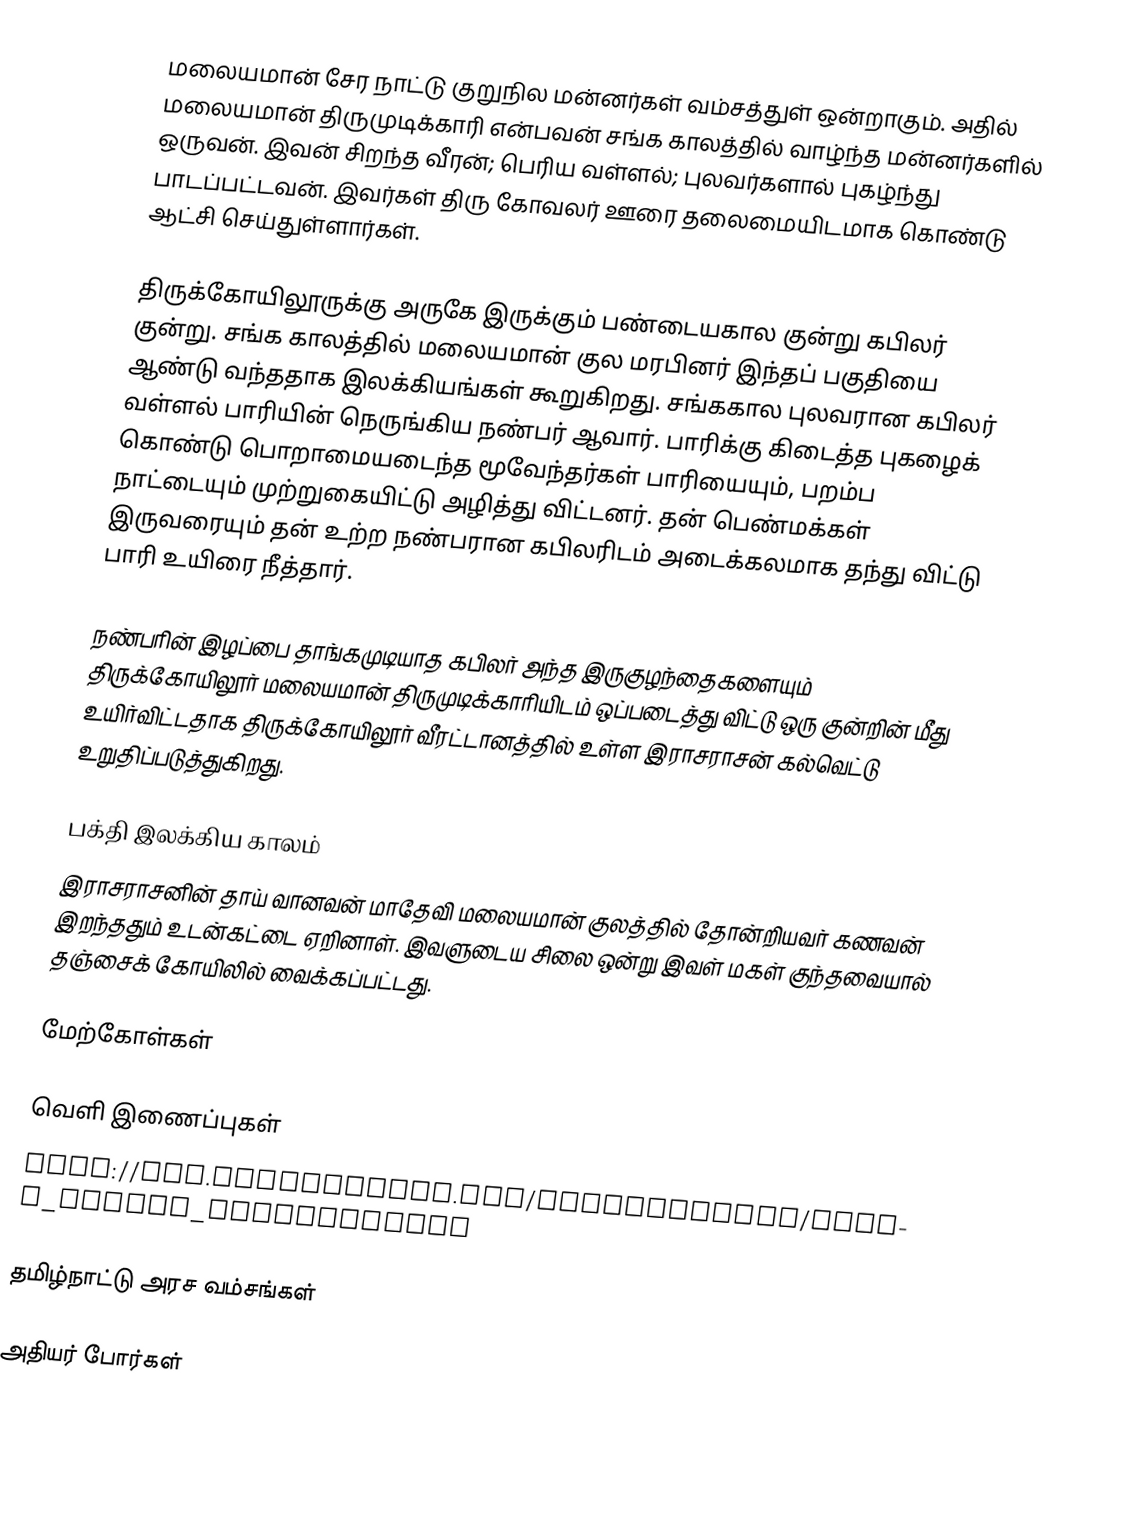
மலையமான் சேர நாட்டு குறுநில மன்னர்கள் வம்சத்துள் ஒன்றாகும். அதில் மலையமான் திருமுடிக்காரி என்பவன் சங்க காலத்தில் வாழ்ந்த மன்னர்களில் ஒருவன். இவன் சிறந்த வீரன்; பெரிய வள்ளல்; புலவர்களால் புகழ்ந்து பாடப்பட்டவன். இவர்கள் திரு கோவலர் ஊரை தலைமையிடமாக கொண்டு ஆட்சி செய்துள்ளார்கள்.

திருக்கோயிலூருக்கு அருகே இருக்கும் பண்டையகால குன்று கபிலர் குன்று. சங்க காலத்தில் மலையமான் குல மரபினர் இந்தப் பகுதியை ஆண்டு வந்ததாக இலக்கியங்கள் கூறுகிறது. சங்ககால புலவரான கபிலர் வள்ளல் பாரியின் நெருங்கிய நண்பர் ஆவார். பாரிக்கு கிடைத்த புகழைக் கொண்டு பொறாமையடைந்த மூவேந்தர்கள் பாரியையும், பறம்ப நாட்டையும் முற்றுகையிட்டு அழித்து விட்டனர். தன் பெண்மக்கள் இருவரையும் தன் உற்ற நண்பரான கபிலரிடம் அடைக்கலமாக தந்து விட்டு பாரி உயிரை நீத்தார்.

நண்பரின் இழப்பை தாங்கமுடியாத கபிலர் அந்த இருகுழந்தைகளையும் திருக்கோயிலூர் மலையமான் திருமுடிக்காரியிடம் ஒப்படைத்து விட்டு ஒரு குன்றின் மீது உயிர்விட்டதாக திருக்கோயிலூர் வீரட்டானத்தில் உள்ள இராசராசன் கல்வெட்டு உறுதிப்படுத்துகிறது.

பக்தி இலக்கிய காலம்
இராசராசனின் தாய் வானவன் மாதேவி மலையமான் குலத்தில் தோன்றியவர் கணவன் இறந்ததும் உடன்கட்டை ஏறினாள். இவளுடைய சிலை ஒன்று இவள் மகள் குந்தவையால் தஞ்சைக் கோயிலில் வைக்கப்பட்டது.

மேற்கோள்கள்

வெளி இணைப்புகள்
 http://www.whatisindia.com/inscriptions/south_indian_inscriptions

தமிழ்நாட்டு அரச வம்சங்கள்

அதியர் போர்கள்